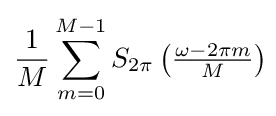
{\frac {1}{M}}\sum _{m=0}^{M-1}S_{2\pi }\left({\tfrac {\omega -2\pi m}{M}}\right)\!